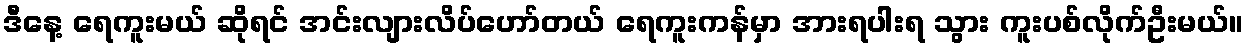
ဒီနေ့ ရေကူးမယ် ဆိုရင် အင်းလျားလိပ်ဟော်တယ် ရေကူးကန်မှာ အားရပါးရ သွား ကူးပစ်လိုက်ဦးမယ်။